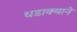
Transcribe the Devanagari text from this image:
धडाक्याने